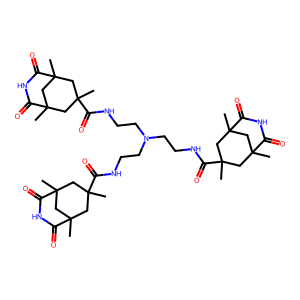
SMILES: CC1(C(=O)NCCN(CCNC(=O)C2(C)CC3(C)CC(C)(C2)C(=O)NC3=O)CCNC(=O)C2(C)CC3(C)CC(C)(C2)C(=O)NC3=O)CC2(C)CC(C)(C1)C(=O)NC2=O
Inhibits HIV replication: No